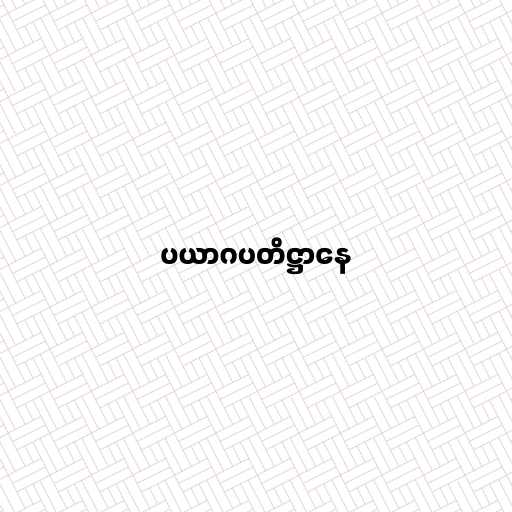
ပယာဂပတိဋ္ဌာနေ